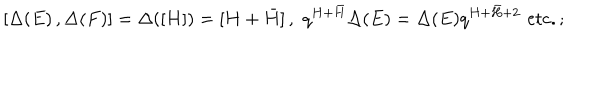
[ \Delta ( E ) \, , \Delta ( F ) ] = \Delta ( [ H ] ) = [ H + \bar { H } ] \, , \, \, q ^ { H + \bar { H } } \Delta ( E ) = \Delta ( E ) q ^ { H + \bar { H } + 2 } \, \, \mathrm { { e t c . } } \, ;